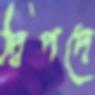
দ্বিপদে